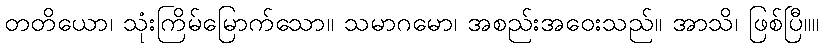
တတိယော၊ သုံးကြိမ်မြောက်သော။ သမာဂမော၊ အစည်းအဝေးသည်။ အာသိ၊ ဖြစ်ပြီ။။